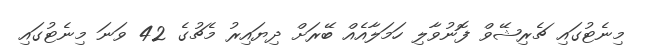
މިނެޓުގައި ޗެރިޝޭވް ފޮނުވާލި ހަމަލާއެއް ބޭރަށް ދިޔައިރު މެޗުގެ 42 ވަނަ މިނެޓުގައި